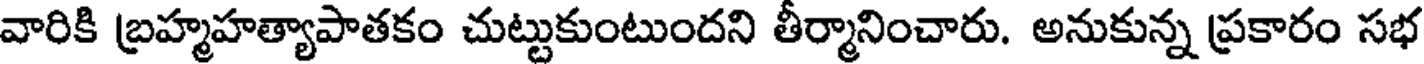
వారికి బ్రహ్మహత్యాపాతకం చుట్టుకుంటుందని తీర్మానించారు. అనుకున్న ప్రకారం సభ